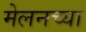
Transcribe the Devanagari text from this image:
मेलनच्या